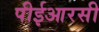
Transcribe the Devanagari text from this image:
पीईआरसी